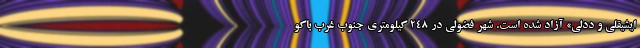
ایشیقلی و ددلی» آزاد شده است. شهر فضولی در ۲۴۸ کیلومتری جنوب غرب باکو